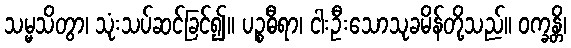
သမ္မသိတွာ၊ သုံးသပ်ဆင်ခြင်၍။ ပဉ္စဓီရာ၊ ငါးဦးသောသုခမိန်တို့သည်။ ဝက္ခန္တိ၊